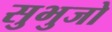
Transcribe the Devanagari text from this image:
सुभुजो